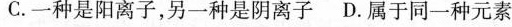
C.一种是阳离子,另一种是阴离子 D属于同一种元素